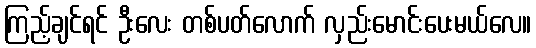
ကြည့်ချင်ရင် ဦးလေး တစ်ပတ်လောက် လှည်းမောင်းပေးမယ်လေ။